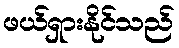
ဖယ်ရှားနိုင်သည်